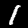
Label: 1